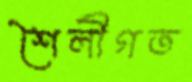
শৈলীগত